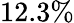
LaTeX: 12.3\%